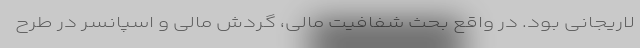
لاریجانی بود. در واقع بحث شفافیت مالی، گردش مالی و اسپانسر در طرح